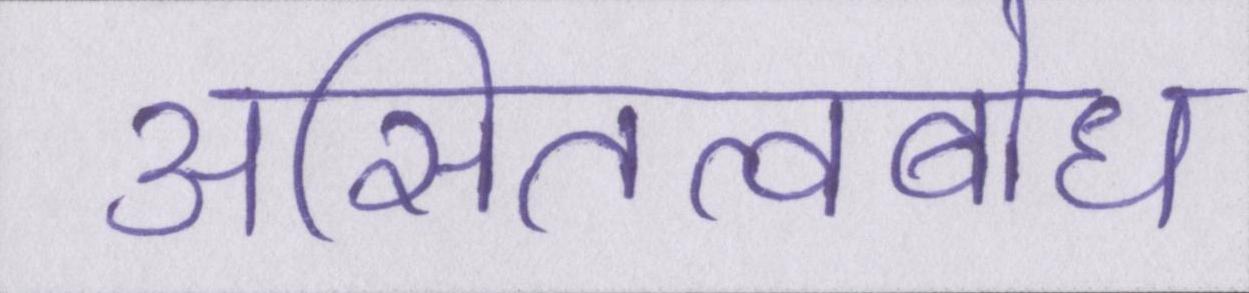
असितत्वबोध